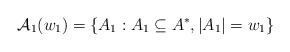
LaTeX: \begin{align*}\mathcal{A}_1 (w_1) = \left\{A_1: A_1 \subseteq A^{\ast}, |A_1| = w_1 \right\}\end{align*}